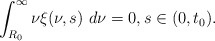
\begin{align*}\int_{R_{0}}^{\infty}\nu\xi(\nu,s)\ d\nu=0,s\in(0,t_{0}).\end{align*}